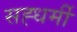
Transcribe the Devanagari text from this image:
सह्धर्मी